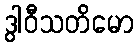
ဒွါဝီသတိမော